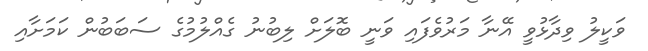
ވަކީލު ވިދާޅުވީ އޭނާ މަރުވެފައި ވަނީ ބޮލަށް ލިބުނު ގެއްލުމުގެ ސަބަބުން ކަމަށާއި